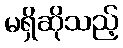
မရှိဆိုသည့်